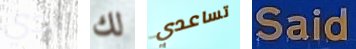
الذي لك تساعدي Said